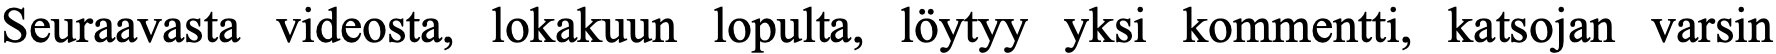
Seuraavasta videosta, lokakuun lopulta, löytyy yksi kommentti, katsojan varsin